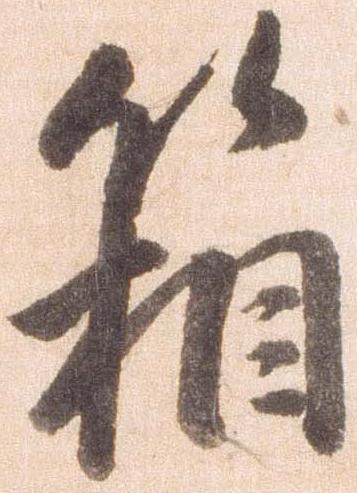
箱